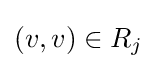
(v,v)\in R_{j}